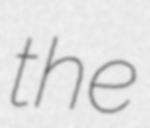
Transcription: the